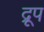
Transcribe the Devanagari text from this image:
द्रूप